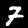
Label: 7